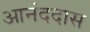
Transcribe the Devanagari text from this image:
आनंददास